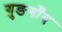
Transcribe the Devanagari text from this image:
गुङगाँव